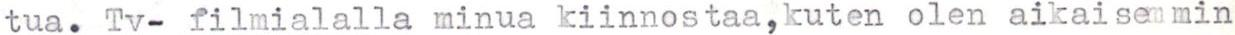
tua. Tv- filmialalla minua kiinnostaa,kuten olen aikaisemmin